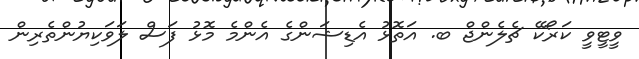
ވީޓީވީ ކަރޯކޭ ޗެލެންޖް ބ. އަތޮޅު އެޑިޝަންގެ އެންމެ މޮޅު ފަސް ލަވަކިޔުންތެރިން